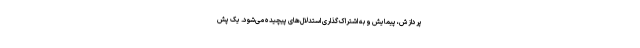
پردازش، پیمایش و به اشتراک گذاری استدلال‌های پیچیده می‌شود. یک پش